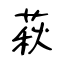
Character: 萩